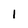
Character: 1